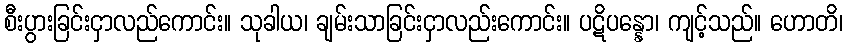
စီးပွားခြင်းငှာလည်ကောင်း။ သုခါယ၊ ချမ်းသာခြင်းငှာလည်းကောင်း။ ပဋိပန္နော၊ ကျင့်သည်။ ဟောတိ၊